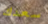
سعدك